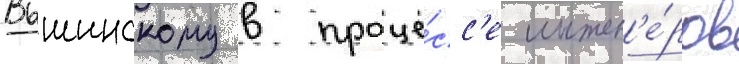
Вышинскому в проце́сс'е инжен'е́ров